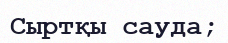
Сыртқы сауда;